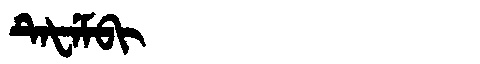
Manchu: ᡨᡝᡶᡝᠮᠪᡳ
Romanization: TEFEMBI